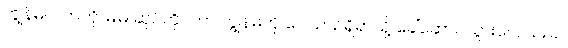
ကျွန်မလက်ကို မြဲမြဲ ဆုပ်ကိုင်ကာ ကျွန်မကို ဝေါယာဉ်ရှိရာသို့ ခေါ်ဆောင်သွားလေသည်။